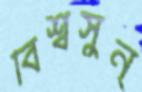
বিশ্বসুন্